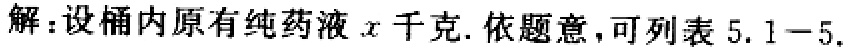
解：设桶内原有纯药液\(x\)千克. 依题意，可列表 \(5.1 - 5.\)